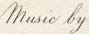
music by